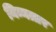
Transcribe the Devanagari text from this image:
निम्नत्तर